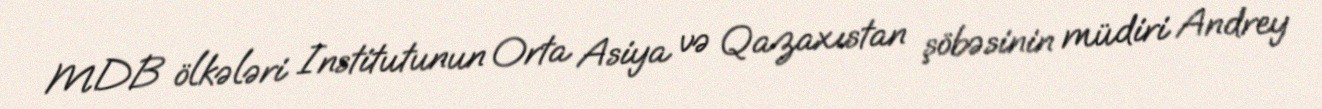
MDB ölkələri Institutunun Orta Asiya və Qazaxıstan şöbəsinin müdiri Andrey